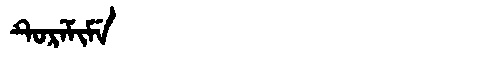
Manchu: ᡨᡠᡵᡝᠮᡳᠮᡝ
Romanization: TUREMIME